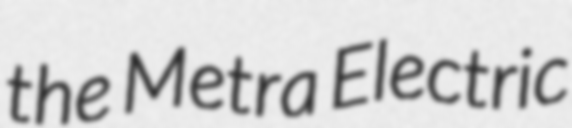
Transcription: the Metra Electric